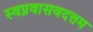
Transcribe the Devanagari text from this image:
स्वप्नवासवदत्तम